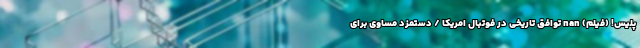
پلیس! (فیلم) nan توافق تاریخی در فوتبال امریکا / دستمزد مساوی برای